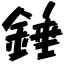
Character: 錘